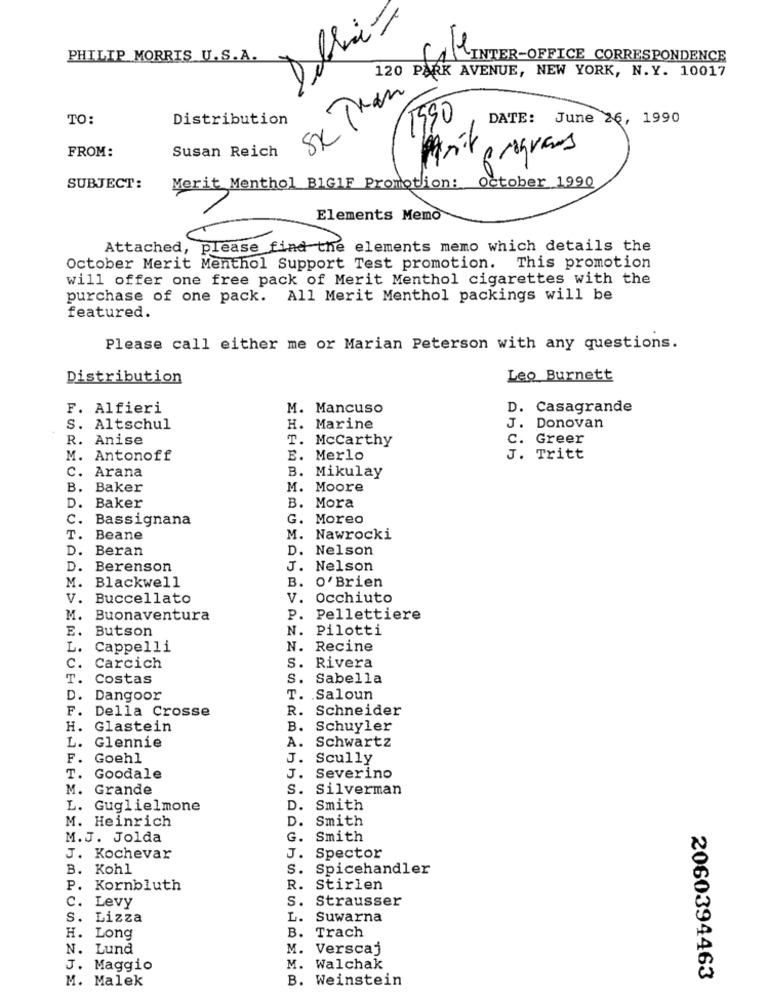
PHILIP MORRIS U.S.A.
CLINTER-OFFICE CORRESPONDENCE
CE CORESPO
120 PARK AVENUE, NEW YORK, N.Y. 10017
Sk Than
1590
TO:
Distribution
DATE: June 26, 1990
FROM:
Susan Reich
programs
SUBJECT:
Merit Menthol BIGIF Promotion:
Sventhe
October 1990
Elements Memo
Attached, please find the elements memo which details the
October Merit Menthol Support Test promotion. This promotion
will offer one free pack of Merit Menthol cigarettes with the
purchase of one pack. All Merit Menthol packings will be
featured.
Please call either me or Marian Peterson with any questions.
Distribution
Leo Burnett
F. Alfieri
M. Mancuso
D. Casagrande
S. Altschul
H. Marine
J. Donovan
R. Anise
T. Mccarthy
c.
Greer
M. Antonoff
E. Merlo
J. Tritt
c. Arana
B. Mikulay
B. Baker
M. Moore
D.
Baker
B. Mora
C.
Bassignana
G. Moreo
T.
Beane
M. Nawrocki
D.
Beran
D. Nelson
D.
Berenson
J. Nelson
M.
Blackwell
B. O'Brien
V. Buccellato
V. Occhiuto
M.
Buonaventura
P. Pellettiere
E.
Butson
N. Pilotti
L.
Cappelli
N. Recine
C.
Carcich
S. Rivera
T.
Costas
S. Sabella
D.
Dangoor
T. Saloun
F. Della Crosse
R. Schneider
H. Glastein
B. Schuyler
A. Schwartz
L. Glennie
F. Goehl
J. Scully
T.
Goodale
J.
Severino
M. Grande
S.
Silverman
L. Guglielmone
D.
Smith
M. Heinrich
D.
Smith
M.J. Jolda
G.
Smith
J. Kochevar
J.
Spector
B. Kohl
S.
Spicehandler
P.
Kornbluth
R.
Stirlen
c.
Levy
S.
Strausser
S. Lizza
L.
Suwarna
H. Long
B. Trach
N. Lund
M. Verscaj
J. Maggio
M. Walchak
M. Malek
B. Weinstein
2060394463